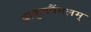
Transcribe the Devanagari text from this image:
प्राकृतपैंगलम्